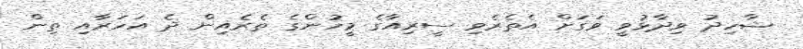
ޝާހިދު ވިދާޅުވީ ވަގަށް އެތެރެވި ސީރިއާގެ މީހުންގެ ތެރެއިން ދެ އަހަރާއި ތިން